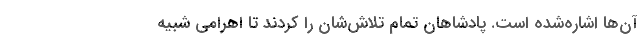
آن‌ها اشاره‌شده است. پادشاهان تمام تلاش‌شان را کردند تا اهرامی شبیه